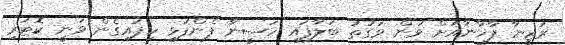
ރަޒީނާ ފާޚާނާއަށް ވަން ވަގުތު ބަލާފައި ހަސީނާ ފެންފުޅި ހިފައިގެން ވަނީ ކޮޓަރި